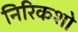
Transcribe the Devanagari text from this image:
निरिकशो